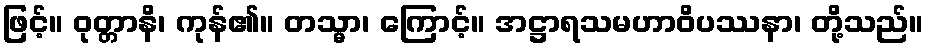
ဖြင့်။ ဝုတ္တာနိ၊ ကုန်၏။ တသ္မာ၊ ကြောင့်။ အဋ္ဌာရသမဟာဝိပဿနာ၊ တို့သည်။